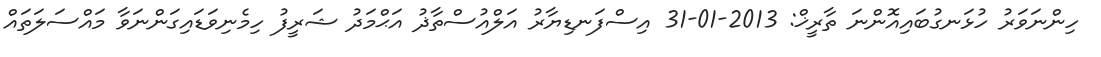
ހިންނަވަރު ހުޅަނގުބައިއޮންނަ ތާރީޚް: 2013-01-31 އިސްފަނޑިޔާރު އަލްއުސްތާޛު އަޙްމަދު ޝަރީފު ހިމެނިވަޑައިގަންނަވާ މައްސަލަތައް